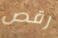
رقص